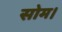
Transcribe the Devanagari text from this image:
सोम।